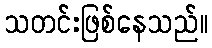
သတင်းဖြစ်နေသည်။